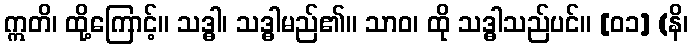
ဣတိ၊ ထို့ကြောင့်။ သဒ္ဓါ၊ သဒ္ဓါမည်၏။ သာဝ၊ ထို သဒ္ဓါသည်ပင်။ [၀၁] (နိ၊